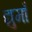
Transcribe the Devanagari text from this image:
द्युमाँ